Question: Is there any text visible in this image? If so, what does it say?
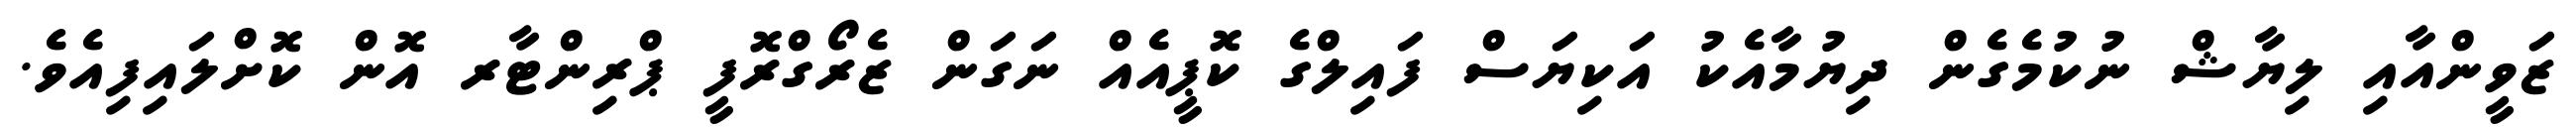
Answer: ޒަވީންއާއި ލިޔާޝް ނުކުމެގެން ދިޔުމާއެކު އަކިޔަސް ފައިލްގެ ކޮޕީއެއް ނަގަން ޒެރޯގްރޮފީ ޕްރިންޓާރ އޮން ކޮށްލައިފިއެވެ.